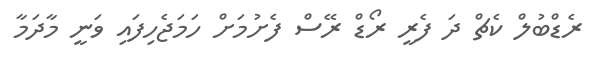
ރެޑްބުލް ކެޗް ދަ ފެރީ ރޯޑް ރޭސް ފެށުމަށް ހަމަޖެހިފައި ވަނީ މާދަމާ